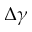
\Delta \gamma